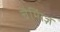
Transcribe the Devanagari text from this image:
चैम्पिंज़